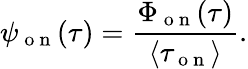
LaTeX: \psi_{\mathrm{~o~n~}}(\tau)=\frac{\Phi_{\mathrm{~o~n~}}(\tau)}{\langle\tau_{\mathrm{~o~n~}}\rangle}.